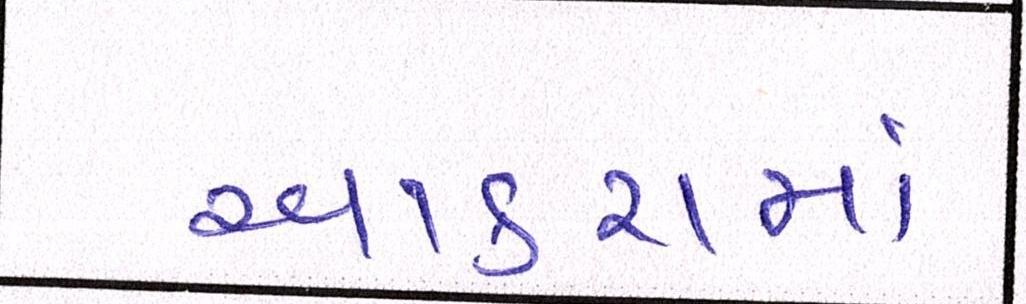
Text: આકરામાં